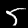
Digit: 5